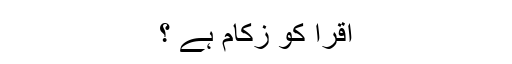
اقرا کو زکام ہے ؟